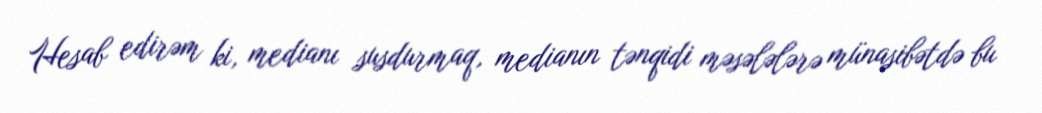
Hesab edirəm ki, medianı susdurmaq, medianın tənqidi məsələlərə münasibətdə bu